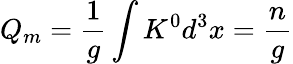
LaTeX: Q_{m}=\frac{1}{g}\int K^{0}d^{3}x=\frac{n}{g}